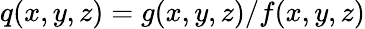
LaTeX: q(x,y,z)=g(x,y,z)/f(x,y,z)